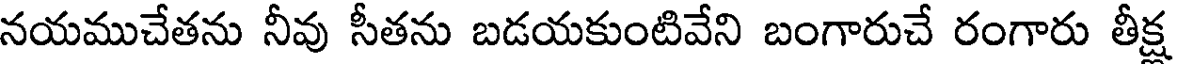
నయముచేతను నీవు సీతను బడయకుంటివేని బంగారుచే రంగారు తీక్ష